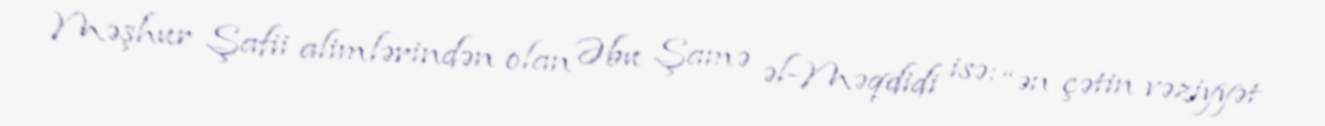
Məşhur Şafii alimlərindən olan Əbu Şamə əl-Məqdidi isə: “ən çətin vəziyyət